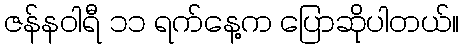
ဇန်နဝါရီ ၁၁ ရက်နေ့က ပြောဆိုပါတယ်။